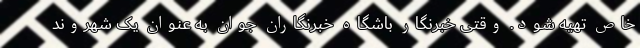
خاص تهیه شود. وقتی خبرنگار باشگاه خبرنگاران جوان به عنوان یک شهروند